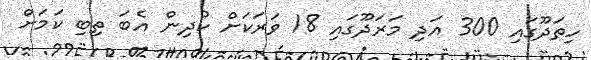
ހިތަދޫގައި 300 އަދި މަރަދޫގައި 18 ވަރަކަށް ކުދިން އެބަ ތިބި ކަމަށް